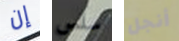
إن سلس أنجل